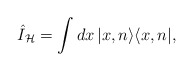
\begin{align*}\hat{I}_{\mathcal{H}}=\int dx\,|x,n\rangle \langle x,n|, \end{align*}